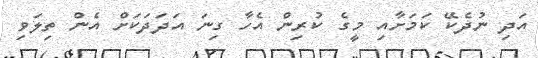
އަދި ނުދެކޭ ކަމަށާއި މީގެ ކުރިން އެހާ ގިނަ އަދަދަކަށް އެން ތިލަވި